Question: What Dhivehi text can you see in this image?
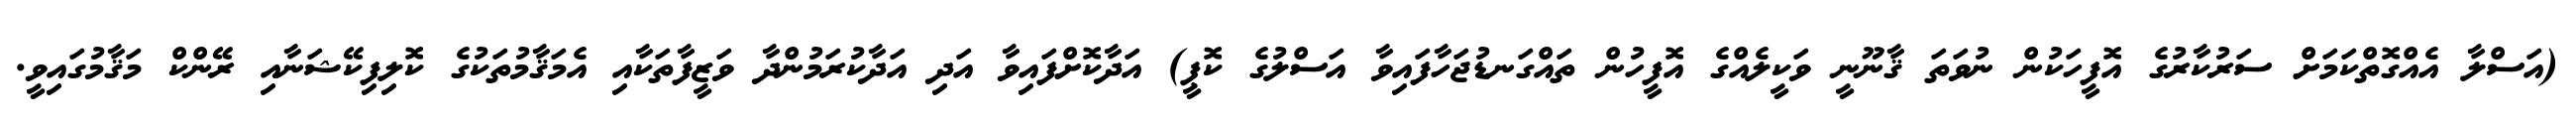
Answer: (އަސްލާ އެއްގޮތްކަމަށް ސަރުކާރުގެ އޮފީހަކުން ނުވަތަ ޤާނޫނީ ވަކީލެއްގެ އޮފީހުން ތައްގަނޑުޖަހާފައިވާ އަސްލުގެ ކޮޕީ) އަދާކޮށްފައިވާ އަދި އަދާކުރަމުންދާ ވަޒީފާތަކާއި އެމަޤާމުތަކުގެ ކޮލިފިކޭޝަނާއި ރޭންކް މަޤާމުގައިވީ.